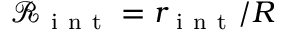
\mathcal { R } _ { \mathrm { ~ i ~ n ~ t ~ } } = r _ { \mathrm { ~ i ~ n ~ t ~ } } / R